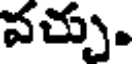
వచ్చు.